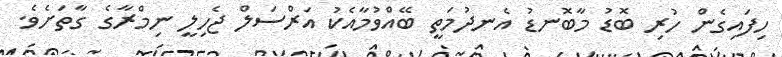
ހިފައިގެން ހުރި ބޮޑު މާބޮނޑު އެނދުމަތީ ބޭއްވުމާއެކު އަރްސަލް ޖެހިލީ ނިމްރާގެ ގާތަށެވެ.